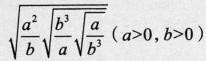
$$\sqrt { \frac { a ^ { 2 } } { b } \sqrt { \frac { b ^ { 3 } } { a } \sqrt { \frac { a } { b ^ { 3 } } } }$$( $$a > 0$$ , $$b > 0$$) .